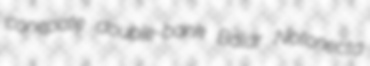
conepate double-bank Baldr Notonecta